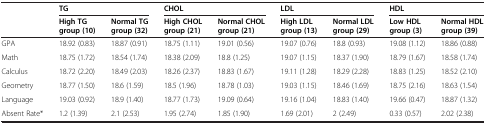
<table><thead><tr><td></td><td colspan="2"><b>TG</b></td><td colspan="2"><b>CHOL</b></td><td colspan="2"><b>LDL</b></td><td colspan="2"><b>HDL</b></td></tr><tr><td></td><td><b>High TG group (10)</b></td><td><b>Normal TG group (32)</b></td><td><b>High CHOL group (21)</b></td><td><b>Normal CHOL group (21)</b></td><td><b>High LDL group (13)</b></td><td><b>Normal LDL group (29)</b></td><td><b>Low HDL group (3)</b></td><td><b>Normal HDL group (39)</b></td></tr></thead><tbody><tr><td>GPA</td><td>18.92 (0.83)</td><td>18.87 (0.91)</td><td>18.75 (1.11)</td><td>19.01 (0.56)</td><td>19.07 (0.76)</td><td>18.8 (0.93)</td><td>19.08 (1.12)</td><td>18.86 (0.88)</td></tr><tr><td>Math</td><td>18.75 (1.72)</td><td>18.54 (1.74)</td><td>18.38 (2.09)</td><td>18.8 (1.25)</td><td>19.07 (1.15)</td><td>18.37 (1.90)</td><td>18.79 (1.67)</td><td>18.58 (1.74)</td></tr><tr><td>Calculus</td><td>18.72 (2.20)</td><td>18.49 (2.03)</td><td>18.26 (2.37)</td><td>18.83 (1.67)</td><td>19.11 (1.28)</td><td>18.29 (2.28)</td><td>18.83 (1.25)</td><td>18.52 (2.10)</td></tr><tr><td>Geometry</td><td>18.77 (1.50)</td><td>18.6 (1.59)</td><td>18.5 (1.96)</td><td>18.78 (1.03)</td><td>19.03 (1.15)</td><td>18.46 (1.69)</td><td>18.75 (2.16)</td><td>18.63 (1.54)</td></tr><tr><td>Language</td><td>19.03 (0.92)</td><td>18.9 (1.40)</td><td>18.77 (1.73)</td><td>19.09 (0.64)</td><td>19.16 (1.04)</td><td>18.83 (1.40)</td><td>19.66 (0.47)</td><td>18.87 (1.32)</td></tr><tr><td>Absent Rate*</td><td>1.2 (1.39)</td><td>2.1 (2.53)</td><td>1.95 (2.74)</td><td>1.85 (1.90)</td><td>1.69 (2.01)</td><td>2 (2.49)</td><td>0.33 (0.57)</td><td>2.02 (2.38)</td></tr></tbody></table>